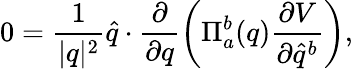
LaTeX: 0=\frac{1}{\vert q\vert^{2}}\widehat{q}\cdot\frac{\partial}{\partial q}\left(\Pi_{a}^{b}(q)\frac{\partial V}{\partial\widehat{q}^{b}}\right),